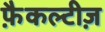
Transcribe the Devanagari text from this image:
फ़ैकल्टीज़